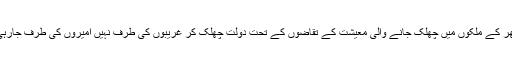
دنیا بھر کے ملکوں میں چھلک جانے والی معیشت کے تقاضوں کے تحت دولت چھلک کر غریبوں کی طرف نہیں امیروں کی طرف جارہی ہے۔